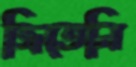
জিতেনি